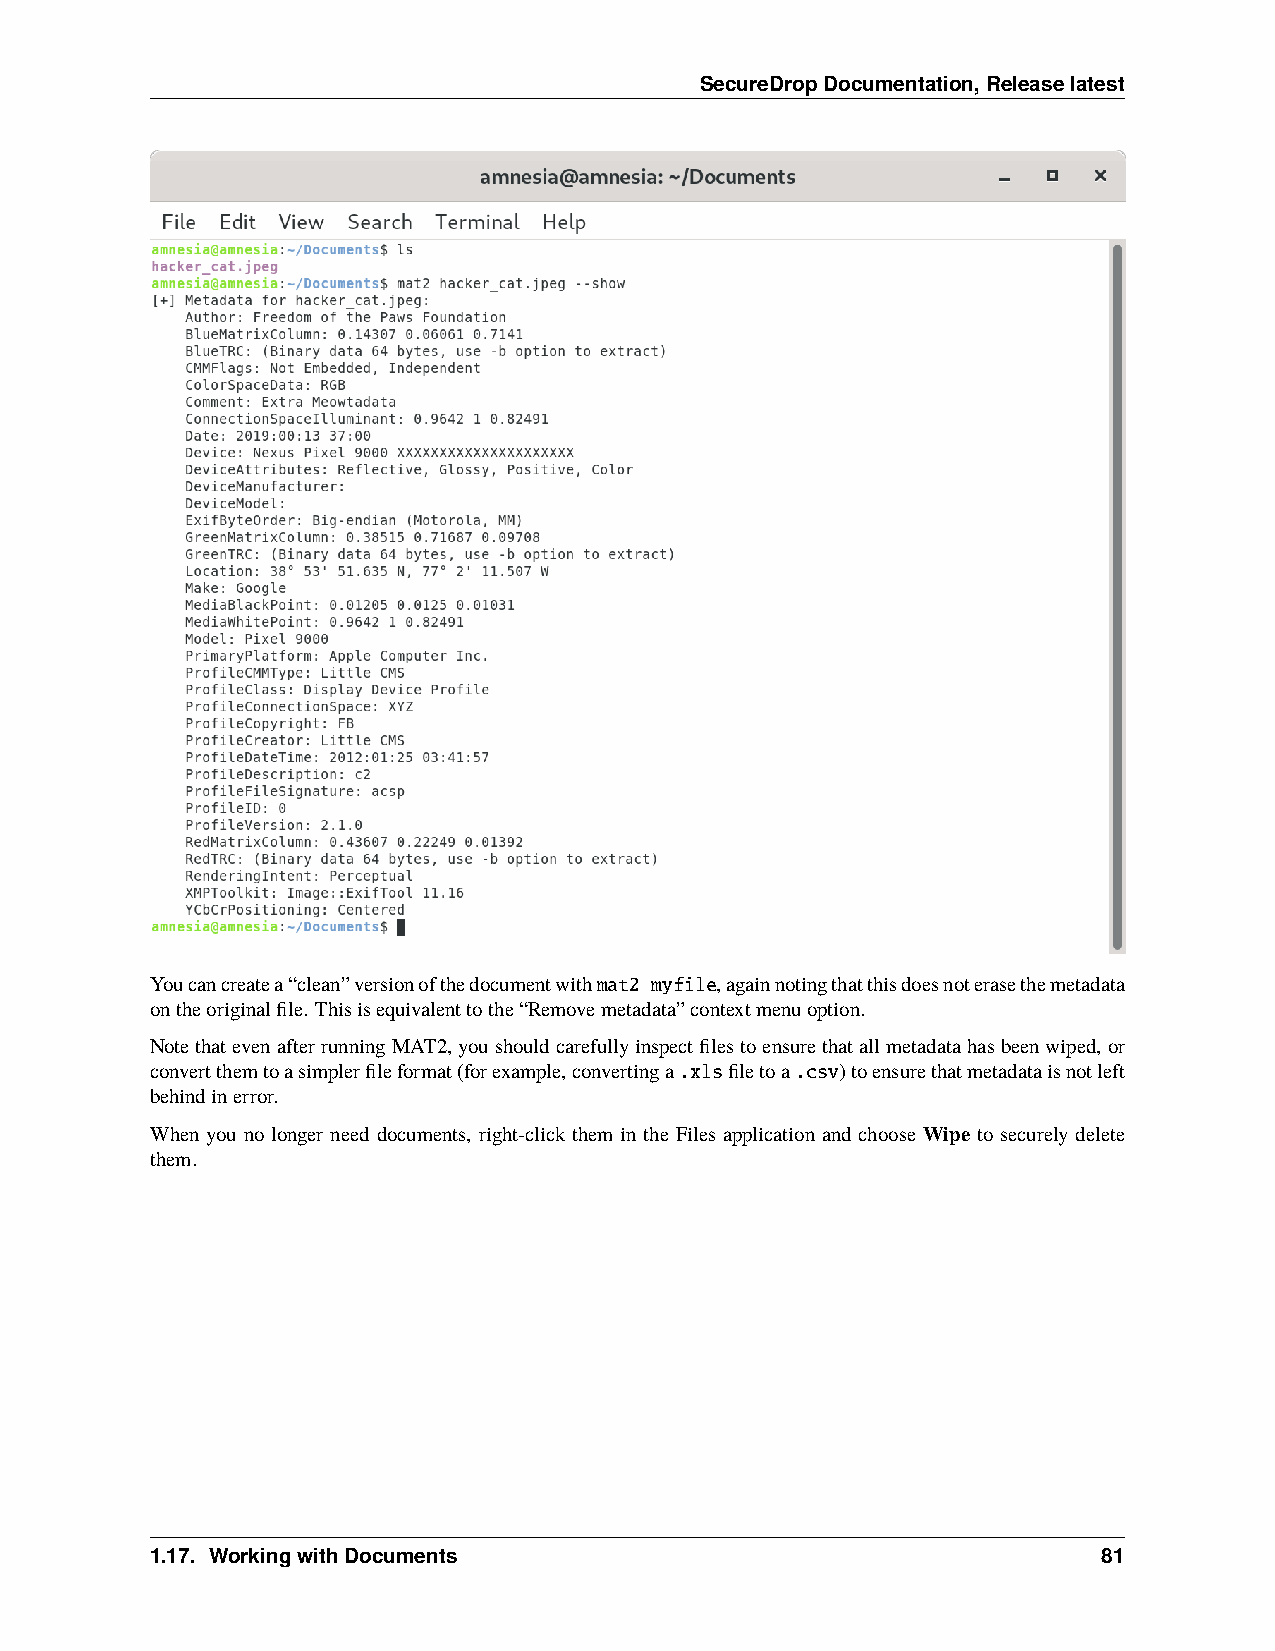
SecureDropDocumentation,Releaselatest
 Youcancreatea“clean”versionofthedocumentwithmat2 myfile,againnotingthatthisdoesnoterasethemetadata
 ontheoriginalfile. Thisisequivalenttothe“Removemetadata”contextmenuoption.
 NotethatevenafterrunningMAT2,youshouldcarefullyinspectfilestoensurethatallmetadatahasbeenwiped,or
 convertthemtoasimplerfileformat(forexample,convertinga.xlsfiletoa.csv)toensurethatmetadataisnotleft
 behindinerror.
 When you no longer need documents, right-click them in the Files application and choose Wipe to securely delete
 them.
 1.17. WorkingwithDocuments                                     81